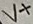
Text: V+